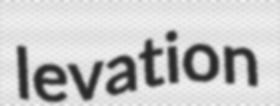
levation